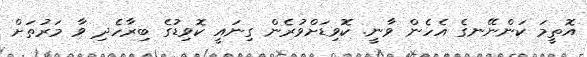
އޮތީމަ ކަންނޭނގެ އެހެން ވާނީ. ކޮވިޑަށްވުރެން ގިނައީ ކޮވިޑުގެ ބިރާހެދި ވާ މަރުތަށް